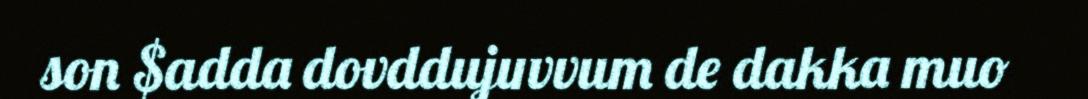
son $adda dovddujuvvum de dakka muo